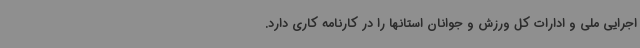
اجرایی ملی و ادارات کل ورزش و جوانان استانها را در کارنامه کاری دارد.